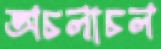
অচলাচল